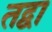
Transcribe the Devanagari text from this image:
तद्वा